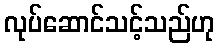
လုပ်ဆောင်သင့်သည်ဟု